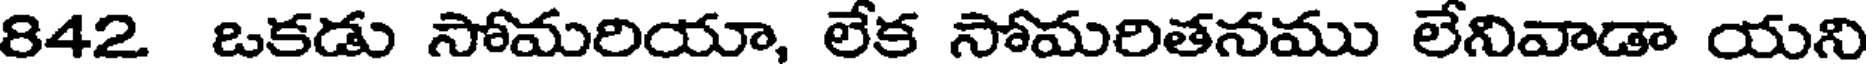
842 ఒకడు సోమరియా, లేక సోమరితనము లేనివాడా యని